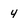
Character: 4